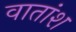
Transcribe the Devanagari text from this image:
वातांश